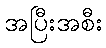
အပြီးအစီး